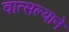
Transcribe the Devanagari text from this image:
वात्सल्याने